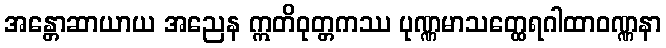
အန္တောဆာယာယ အညေန ဣတိဝုတ္တကဿ ပုဏ္ဏမာသတ္ထေရဂါထာဝဏ္ဏနာ